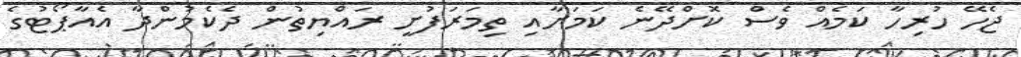
ޖެހޭ ހުރިހާ ކަމެއް ވެސް ކޮށްދޭނެ ކަމަށާއި ތިމަރަފުށީ ރައްޔިތުން ދެކެމުންދާ އެއާޕޯޓުގެ